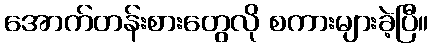
အောက်တန်းစားတွေလို စကားများခဲ့ပြီ။